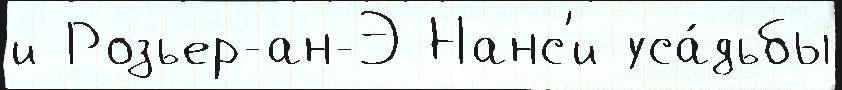
и Розьер-ан-Э Нанс'и уса́дьбы